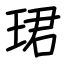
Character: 珺